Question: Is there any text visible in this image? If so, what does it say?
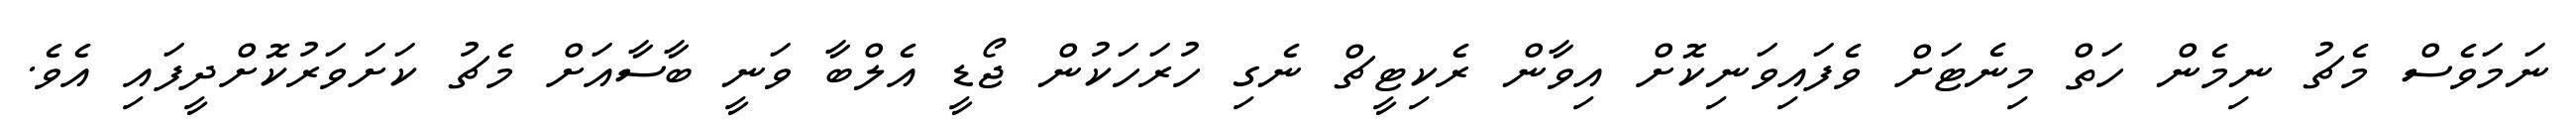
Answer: ނަމަވެސް މެޗު ނިމެން ހަތް މިނެޓަށް ވެފައިވަނިކޮށް އިވާން ރެކިޓީޗް ނެގި ހުރަހަކުން ޖޯޑީ އެލްބާ ވަނީ ބާސާއަށް މެޗު ކަށަވަރުކޮށްދީފައި އެވެ.